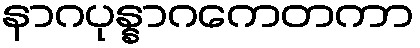
နာဂပုန္နာဂကေတကာ